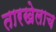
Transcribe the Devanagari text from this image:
तारखेलाच